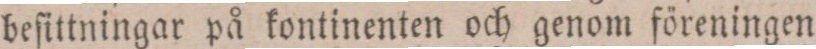
beſittningar på kontinenten och genom föreningen